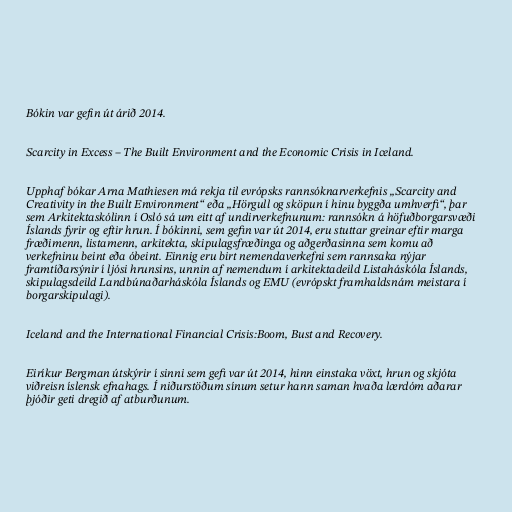
Bókin var gefin út árið 2014.

Scarcity in Excess – The Built Environment and the Economic Crisis in Iceland.

Upphaf bókar Arna Mathiesen má rekja til evrópsks rannsóknarverkefnis „Scarcity and
Creativity in the Built Environment“ eða „Hörgull og sköpun í hinu byggða umhverfi“, þar
sem Arkitektaskólinn í Osló sá um eitt af undirverkefnunum: rannsókn á höfuðborgarsvæði
Íslands fyrir og eftir hrun. Í bókinni, sem gefin var út 2014, eru stuttar greinar eftir marga
fræðimenn, listamenn, arkitekta, skipulagsfræðinga og aðgerðasinna sem komu að
verkefninu beint eða óbeint. Einnig eru birt nemendaverkefni sem rannsaka nýjar
framtíðarsýnir í ljósi hrunsins, unnin af nemendum í arkitektadeild Listaháskóla Íslands,
skipulagsdeild Landbúnaðarháskóla Íslands og EMU (evrópskt framhaldsnám meistara í
borgarskipulagi).

Iceland and the International Financial Crisis:Boom, Bust and Recovery.

Eiríkur Bergman útskýrir í sinni sem gefi var út 2014, hinn einstaka vöxt, hrun og skjóta
viðreisn íslensk efnahags. Í niðurstöðum sínum setur hann saman hvaða lærdóm aðarar
þjóðir geti dregið af atburðunum.